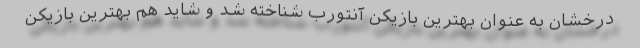
درخشان به عنوان بهترین بازیکن آنتورب شناخته شد و شاید هم بهترین بازیکن